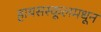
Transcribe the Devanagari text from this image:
हायसस्कूलमधून